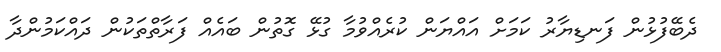
ދެބޭފުޅުން ފަނޑިޔާރު ކަމަށް އައްޔަން ކުރެއްވުމާ ގުޅޭ ގޮތުން ބައެއް ފަރާތްތަކުން ދައްކަމުންދާ